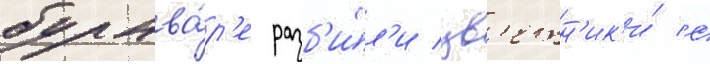
бульва́р'е разб'и́л'и цв'етн'ик'и́ с